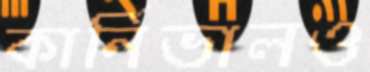
কার্নিভালও